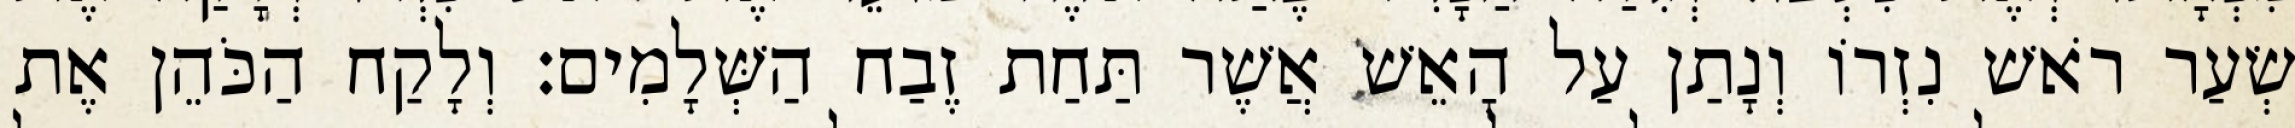
שְׂעַר רֹאשׁ נִזְרוֹ וְנָתַן עַל הָאֵשׁ אֲשֶׁר תַּחַת זֶבַח הַשְּׁלָמִים׃ וְלָקַח הַכֹּהֵן אֶת